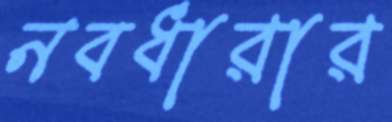
নবধারার